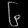
Digit: ၆